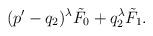
LaTeX: \begin{align*}(p'-q_2)^\lambda\tilde F_0+q_2^\lambda\tilde F_1.\end{align*}